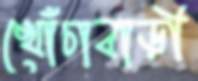
খোঁচাবাড়ী